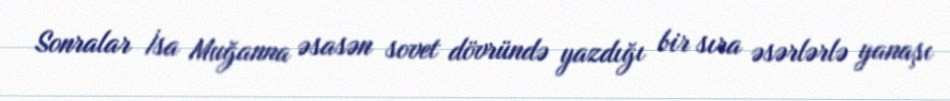
Sonralar İsa Muğanna əsasən sovet dövründə yazdığı bir sıra əsərlərlə yanaşı